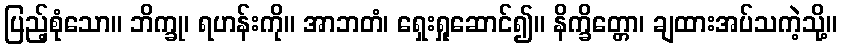
ပြည့်စုံသော။ ဘိက္ခု၊ ရဟန်းကို။ အာဘတံ၊ ရှေးရှုဆောင်၍။ နိက္ခိတ္တော၊ ချထားအပ်သကဲ့သို့။